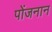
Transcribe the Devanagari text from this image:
पोंजनान